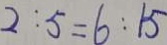
2 : 5 = 6 : 1 5